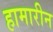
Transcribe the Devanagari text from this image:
हामारीन